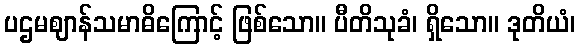
ပဌမဈာန်သမာဓိကြောင့် ဖြစ်သော။ ပီတိသုခံ၊ ရှိသော။ ဒုတိယံ၊